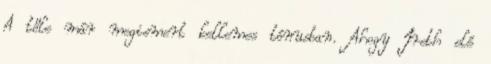
A tőle már megismert kellemes tónusban. Ahogy Ireth elé